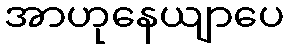
အာဟုနေယျာပေ